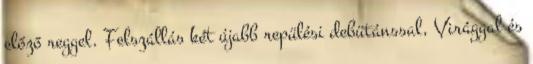
előző reggel. Felszállás két újabb repülési debütánssal, Virággal és